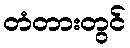
တံတားတွင်